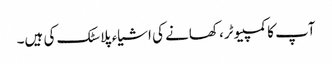
آپ کا کمپیوٹر، کھانے کی اشیاء پلاسٹک کی ہیں۔